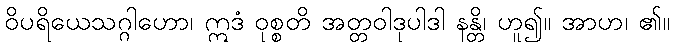
ဝိပရိယေသဂ္ဂါဟော၊ ဣဒံ ဝုစ္စတိ အတ္တဝါဒုပါဒါ နန္တိ၊ ဟူ၍။ အာဟ၊ ၏။